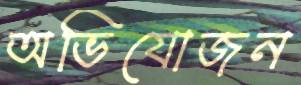
অভিযোজন